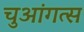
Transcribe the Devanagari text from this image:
चुआंगत्स